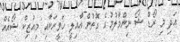
އަދި މި ރޯޑް ޝޯ ނިންމާލުމުގެ ގޮތުން އާއިލީ ހަވީރަކާއި މިއުޒިކް ޝޯއެއް